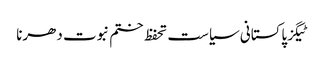
ٹیگزپاکستانی سیاست تحفظ ختم نبوت دھرنا